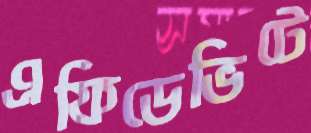
এফিডেভিটে